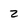
Character: z